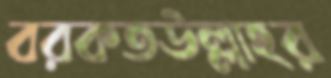
বরকতউল্লাহর